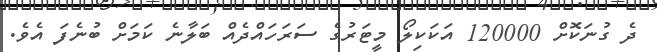
ދެ ގުނަކޮށް 120000 އަކަކިލޯ މީޓަރުގެ ސަރަހައްދެއް ބަލާނެ ކަމަށް ބުނެފަ އެވެ.